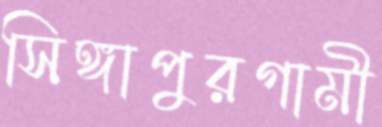
সিঙ্গাপুরগামী